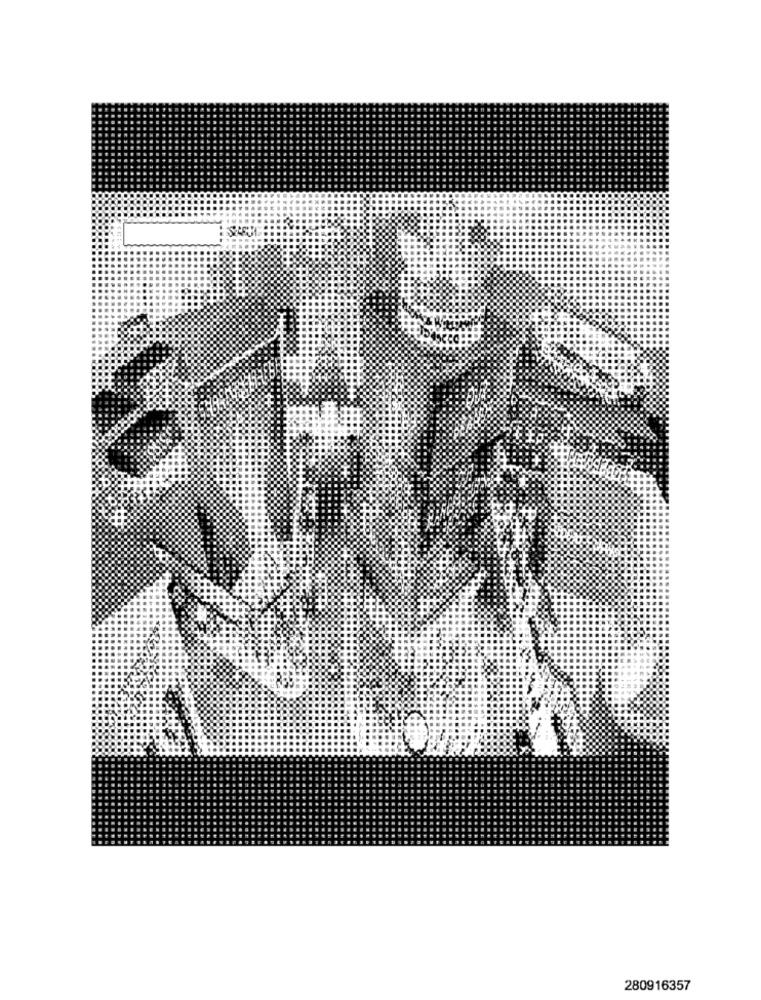
280916357